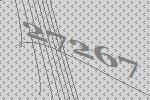
27267